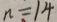
n = 1 4